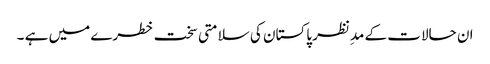
ان حالات کے مدِنظر پاکستان کی سلامتی سخت خطرے میں ہے ۔